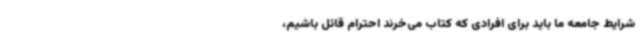
شرایط جامعه ما باید برای افرادی که کتاب می‌خرند احترام قائل باشیم،